Lunatic asylums United Provinces 1899-1908 - 1899-1908
Year: 1899
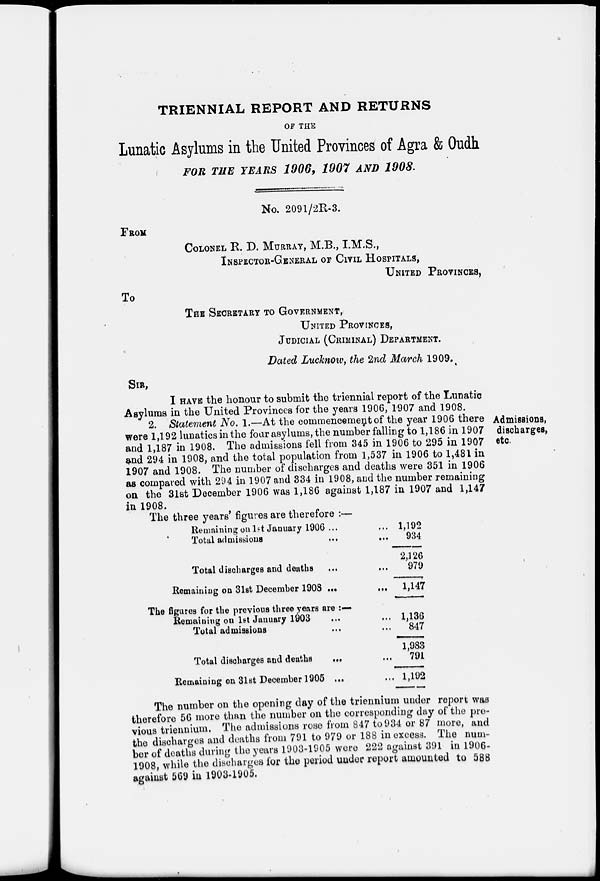
TRIENNIAL REPORT AND RETURNS
OF THE
Lunatic Asylums in the United Provinces of Agra & Oudh
FOR THE YEARS 1906, 1907 AND 1908.
No. 2091/2R-3.
FROM
COLONEL R. D. MURRAY, M.B., I.M.S.,
INSPECTOR-GENERAL OF CIVIL HOSPITALS,
UNITED PROVINCES,
To
THE SECRETARY TO GOVERNMENT,
UNITED PROVINCES,
JUDICIAL (CRIMINAL) DEPARTMENT.
Dated Lucknow, the 2nd March 1909.
SIR,
I HAVE the honour to submit the triennial report of the Lunatic
Asylums in the United Provinces for the years 1906, 1907 and 1908.
Admissions,
discharges,
etc.
2. Statement No. 1.—At the commencement of the year 1906 there
were 1,192 lunatics in the four asylums, the number falling to 1,186 in 1907
and 1,187 in 1908. The admissions fell from 345 in 1906 to 295 in 1907
and 294 in 1908, and the total population from 1,537 in 1906 to 1,481 in
1907 and 1908. The number of discharges and deaths were 351 in 1906
as compared with 294 in 1907 and 334 in 1908, and the number remaining
on the 31st December 1906 was 1,186 against 1,187 in 1907 and 1,147
in 1908.
The three years' figures are therefore :—
Remaining on 1st January 1906 ...
...
Total admissions
...
...
Total discharges and deaths
...
...
Remaining on 31st December 1908 ...
...
1,192
934
2,126
979
1,147
The figures for the previous three years are :—
Remaining on 1st January 1903 ... ...
Total admissions ... ...
Total discharges and deaths
... ...
Remaining on 31st December 1905 ... ...
1,136
847
1,983
791
1,192
The number on the opening day of the triennium under report was
therefore 56 more than the number on the corresponding day of the pre-
vious triennium. The admissions rose from 847 to 934 or 87 more, and
the discharges and deaths from 791 to 979 or 188 in excess. The num-
ber of deaths during the years 1903-1905 were 222 against 391 in 1906-
1908, while the discharges for the period under report amounted to 588
against 569 in 1903-1905.